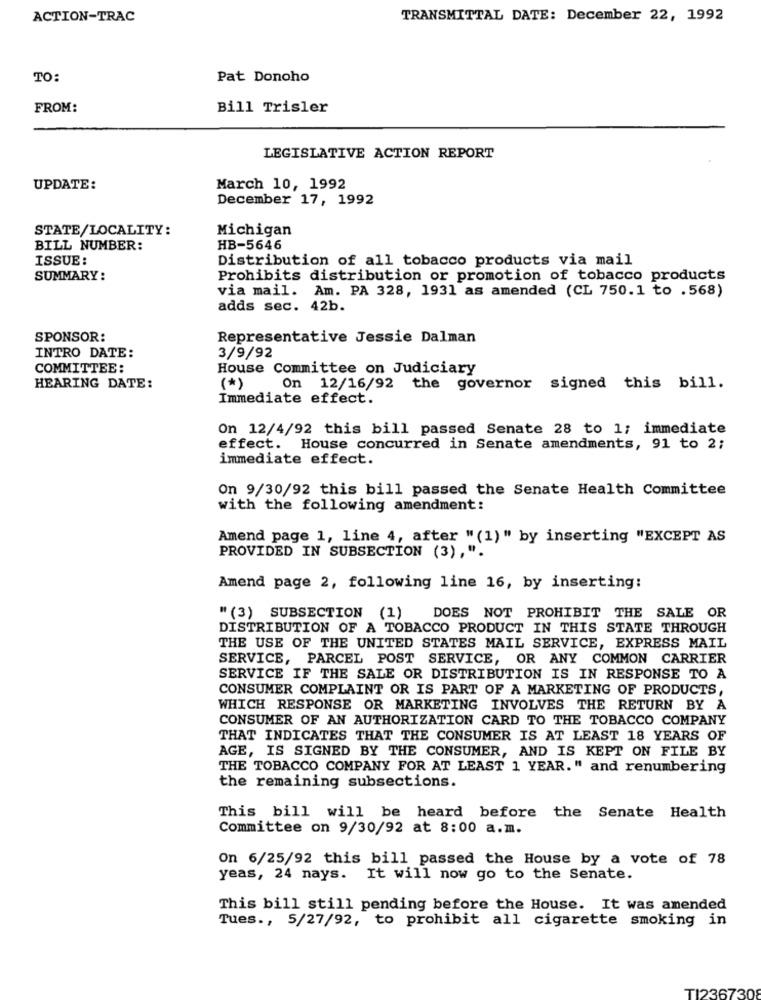
ACTION-TRAC
TRANSMITTAL DATE: December 22, 1992
TO:
Pat Donoho
FROM:
Bill Trisler
LEGISLATIVE ACTION REPORT
UPDATE:
March 10, 1992
December 17, 1992
STATE/LOCALITY:
Michigan
BILL NUMBER:
HB-5646
ISSUE:
Distribution of all tobacco products via mail
SUMMARY:
Prohibits distribution or promotion of tobacco products
via mail. Am. PA 328, 1931 as amended (CL 750.1 to .568)
adds sec. 42b.
SPONSOR:
Representative Jessie Dalman
INTRO DATE:
3/9/92
COMMITTEE:
House Committee on Judiciary
HEARING DATE:
(*)
On 12/16/92 the governor signed this bill.
Immediate effect.
On 12/4/92 this bill passed Senate 28 to 1; immediate
effect. House concurred in Senate amendments, 91 to 2;
immediate effect.
On 9/30/92 this bill passed the Senate Health Committee
with the following amendment:
Amend page 1, line 4, after " (1)" by inserting "EXCEPT AS
PROVIDED IN SUBSECTION (3),".
Amend page 2, following line 16, by inserting:
"(3) SUBSECTION (1)
DOES NOT PROHIBIT THE SALE OR
DISTRIBUTION OF A TOBACCO PRODUCT IN THIS STATE THROUGH
THE USE OF THE UNITED STATES MAIL SERVICE, EXPRESS MAIL
SERVICE, PARCEL POST SERVICE, OR ANY COMMON CARRIER
SERVICE IF THE SALE OR DISTRIBUTION IS IN RESPONSE TO A
CONSUMER COMPLAINT OR IS PART OF A MARKETING OF PRODUCTS
WHICH RESPONSE OR MARKETING INVOLVES THE RETURN BY A
CONSUMER OF AN AUTHORIZATION CARD TO THE TOBACCO COMPANY
THAT INDICATES THAT THE CONSUMER IS AT LEAST 18 YEARS OF
AGE, IS SIGNED BY THE CONSUMER, AND IS KEPT ON FILE BY
THE TOBACCO COMPANY FOR AT LEAST 1 YEAR." and renumbering
the remaining subsections.
This bill will be heard before the Senate Health
Committee on 9/30/92 at 8:00 a.m.
On 6/25/92 this bill passed the House by a vote of 78
yeas, 24 nays. It will now go to the Senate.
This bill still pending before the House. It was amended
Tues ., 5/27/92, to prohibit all cigarette smoking in
TI236730